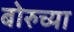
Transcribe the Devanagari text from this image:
बोरुच्या